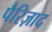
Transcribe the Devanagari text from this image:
पैरिज़ाद